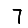
Digit: 7